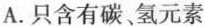
A.只含有碳、氢元素